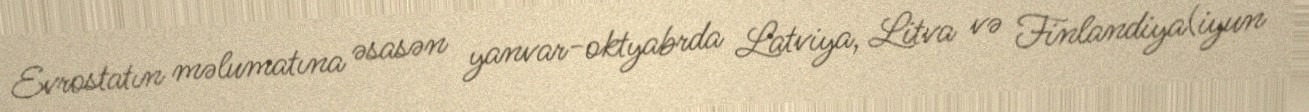
Evrostatın məlumatına əsasən yanvar-oktyabrda Latviya, Litva və Finlandiya(iyun